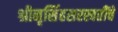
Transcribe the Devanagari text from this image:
श्रीनृसिंहसरस्वतींचे